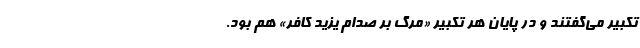
تکبیر می‌گفتند و در پایان هر تکبیر «مرگ بر صدام یزید کافر» هم بود.